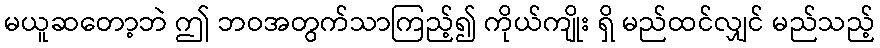
မယူဆတော့ဘဲ ဤ ဘဝအတွက်သာကြည့်၍ ကိုယ်ကျိုး ရှိ မည်ထင်လျှင် မည်သည့်